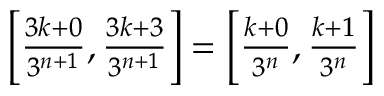
\textstyle \left[ { \frac { 3 k + 0 } { 3 ^ { n + 1 } } } , { \frac { 3 k + 3 } { 3 ^ { n + 1 } } } \right] = \left[ { \frac { k + 0 } { 3 ^ { n } } } , { \frac { k + 1 } { 3 ^ { n } } } \right]